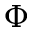
\Phi